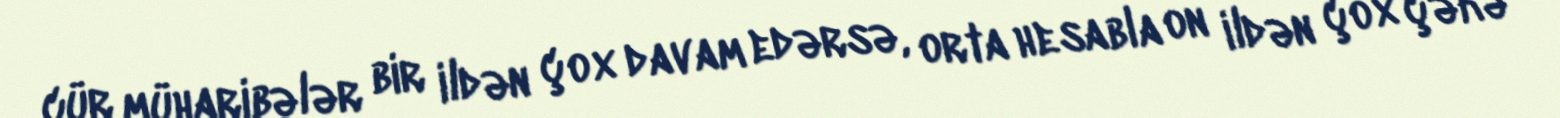
cür müharibələr bir ildən çox davam edərsə, orta hesabla on ildən çox çəkə